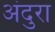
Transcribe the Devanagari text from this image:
अंदुरा